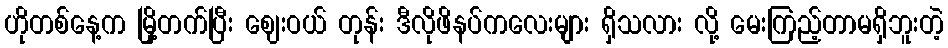
ဟိုတစ်နေ့က မြို့တက်ပြီး ဈေးဝယ် တုန်း ဒီလိုဖိနပ်ကလေးများ ရှိသလား လို့ မေးကြည့်တာမရှိဘူးတဲ့